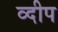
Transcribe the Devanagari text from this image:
व्दीप